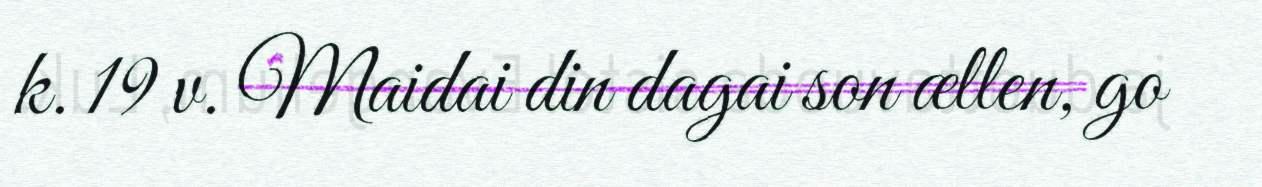
k. 19 v. Maidai din dagai son ællen, go